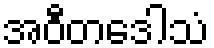
အဝီတဒေါသံ